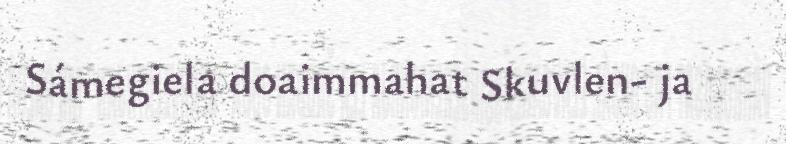
Sámegiela doaimmahat Skuvlen- ja